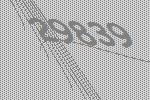
29839